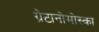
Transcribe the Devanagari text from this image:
ग्रेटानोमोस्का